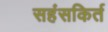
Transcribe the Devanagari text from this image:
सहंसकिर्त